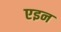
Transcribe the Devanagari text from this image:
एइन